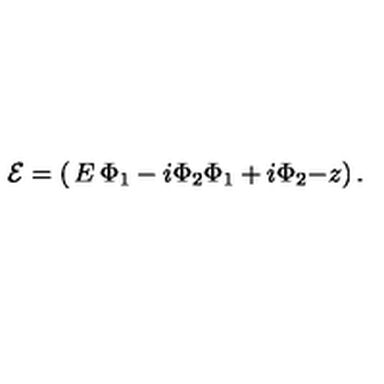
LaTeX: { \cal E } = \left( \begin{matrix} { E } & { \Phi _ { 1 } - i \Phi _ { 2 } } \\ { \Phi _ { 1 } + i \Phi _ { 2 } } & { - z } \\ \end{matrix} \right) .